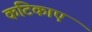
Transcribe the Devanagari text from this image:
कंटिकाएं